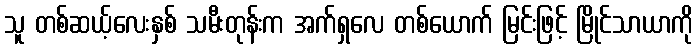
သူ တစ်ဆယ့်လေးနှစ် သမီးတုန်းက အက်ရှလေ တစ်ယောက် မြင်းဖြင့် မြိုင်သာယာကို